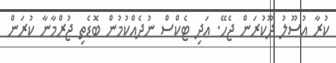
ކުރާ އުސޫލު ދޫކުރަން ޖެހޭ. ޢަދި ޓެކްސް ނުދެއްކުމުން ބޮޑެތި ޖުރްމާނާ ކުރަން